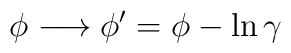
\phi\longrightarrow \phi'=\phi-\ln{\gamma}